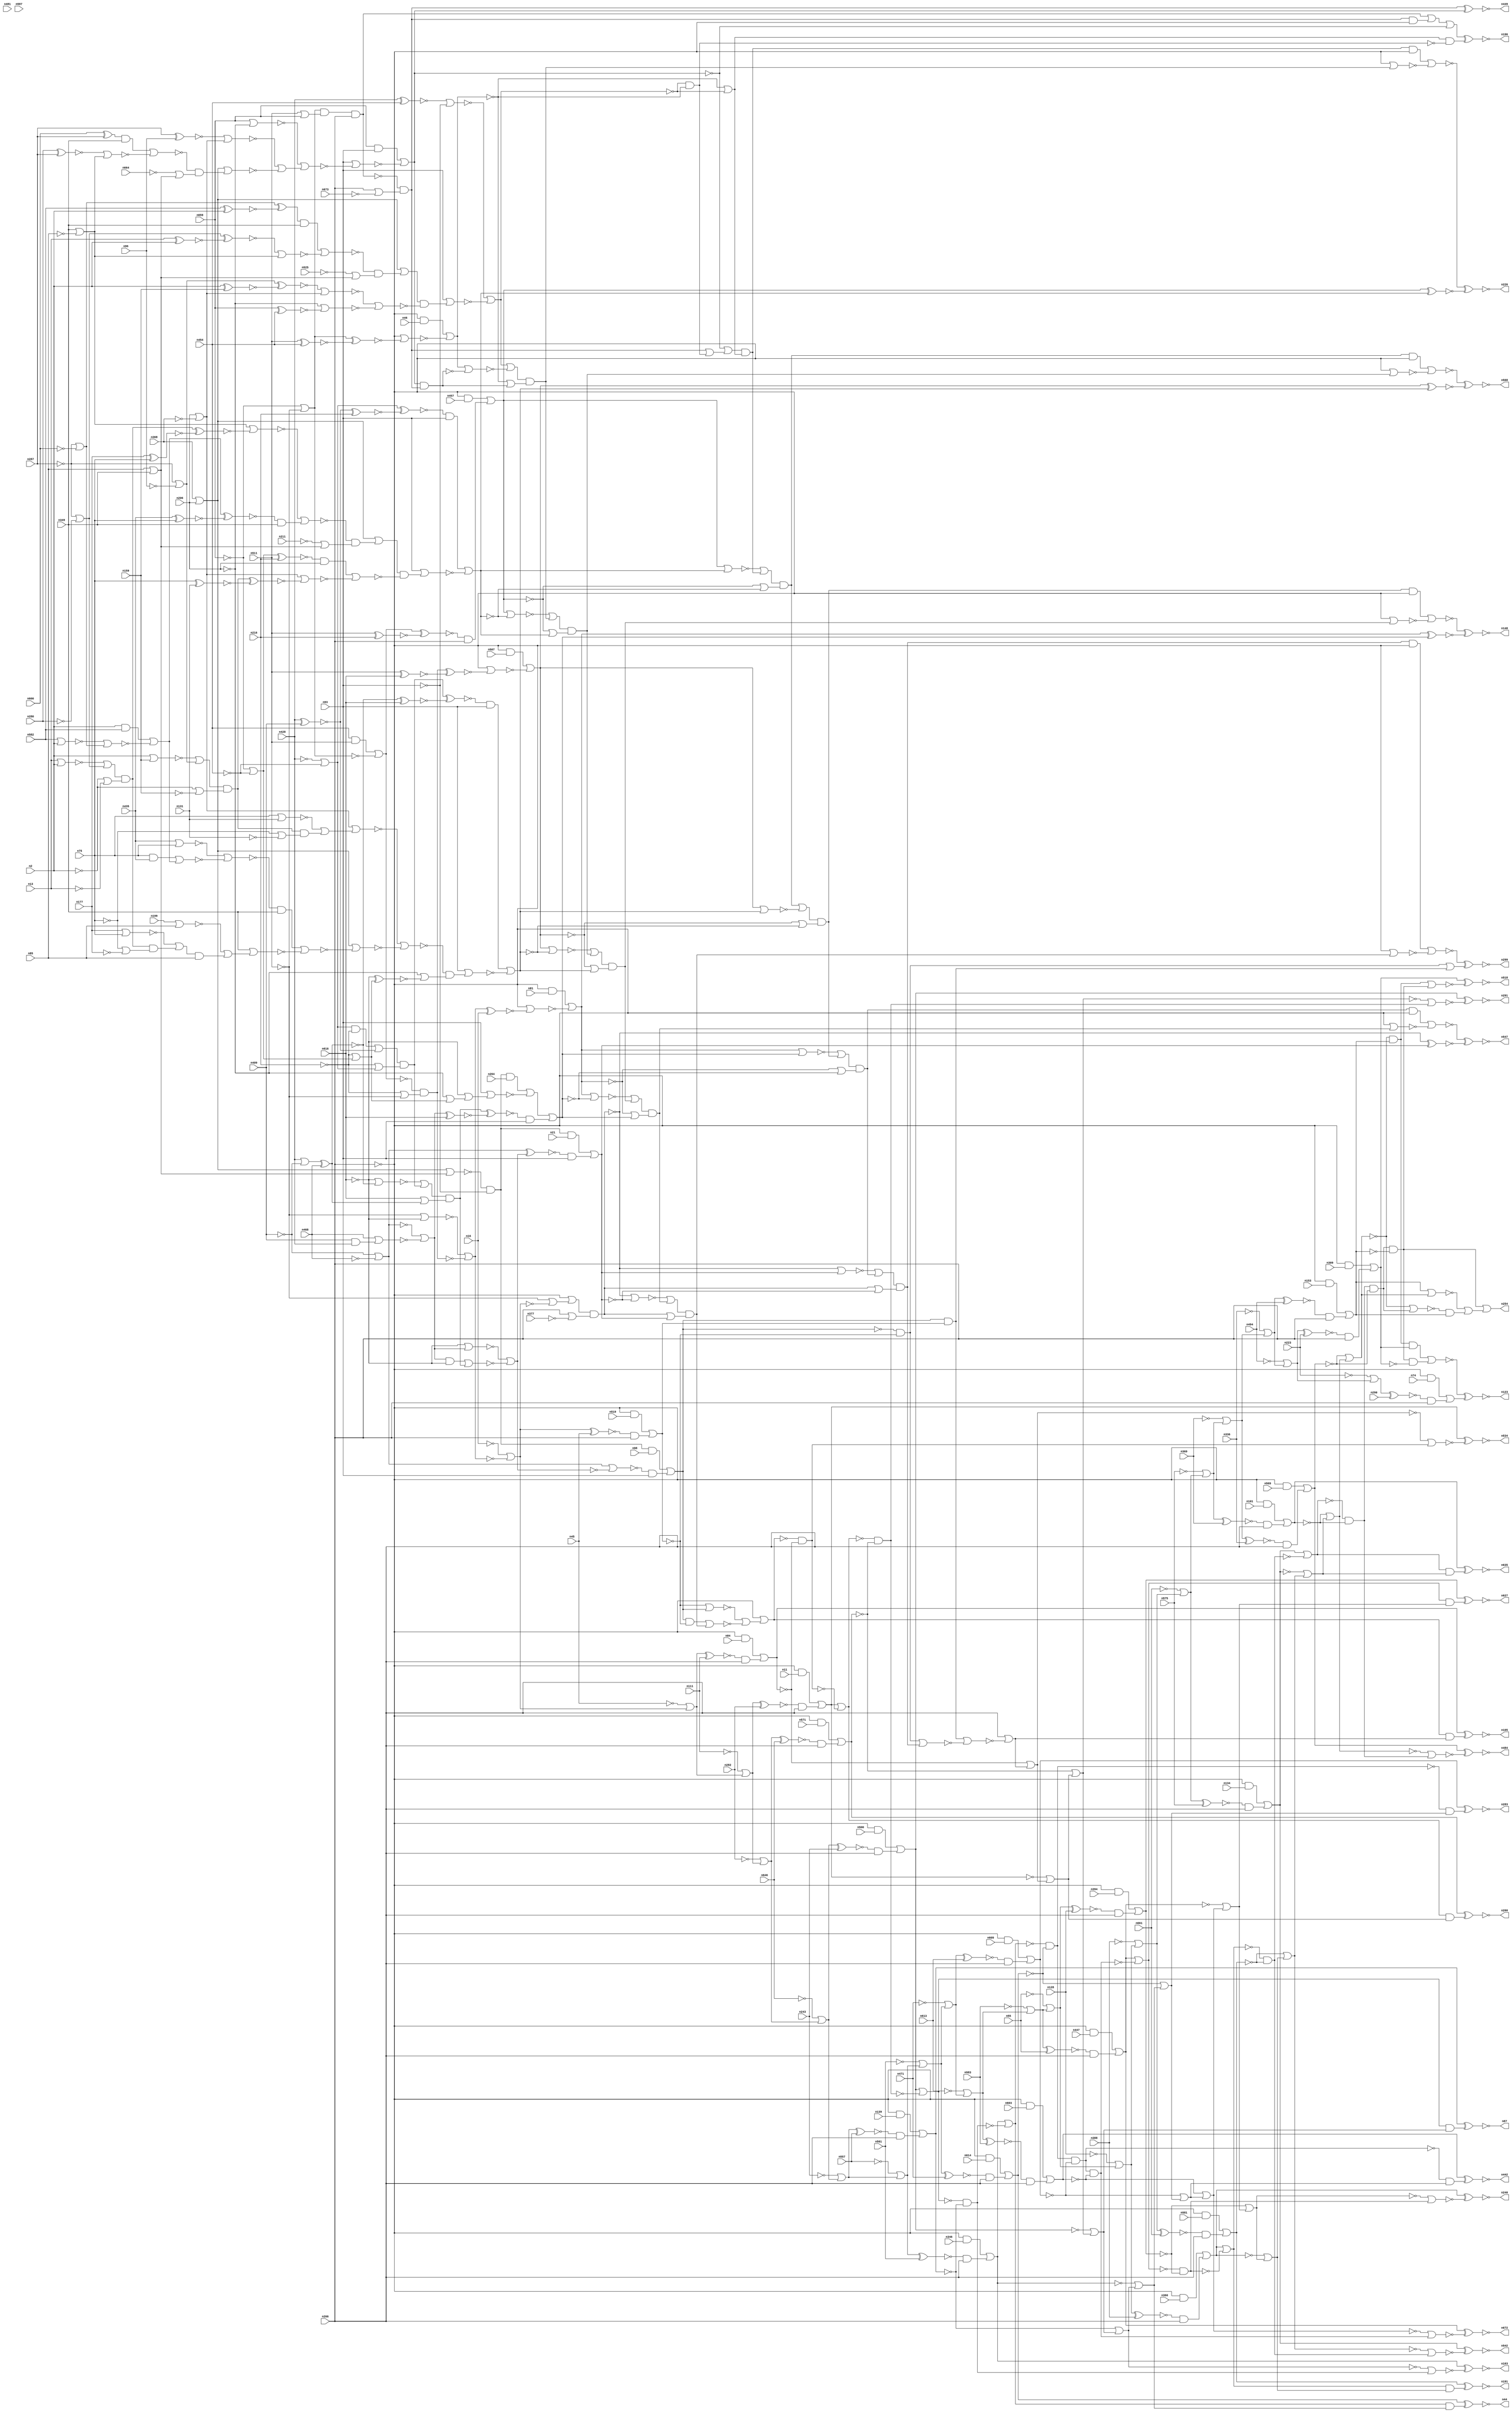
module top( n2 , n11 , n13 , n16 , n21 , n44 , n45 , n46 , n55 , 
n74 , n75 , n81 , n84 , n85 , n87 , n93 , n96 , n98 , n101 , 
n105 , n111 , n123 , n128 , n131 , n134 , n139 , n148 , n153 , n159 , 
n163 , n177 , n191 , n196 , n199 , n206 , n211 , n216 , n223 , n226 , 
n240 , n243 , n254 , n260 , n264 , n266 , n280 , n282 , n283 , n287 , 
n290 , n291 , n299 , n309 , n336 , n346 , n349 , n360 , n368 , n369 , 
n377 , n388 , n394 , n409 , n428 , n435 , n442 , n447 , n449 , n454 , 
n457 , n468 , n471 , n481 , n484 , n494 , n500 , n507 , n511 , n518 , 
n519 , n525 , n534 , n542 , n547 , n557 , n561 , n568 , n569 , n571 , 
n575 , n581 , n582 , n583 , n587 , n600 , n603 , n609 , n613 , n614 , 
n616 , n627 , n635 , n646 , n659 , n661 , n664 , n672 , n673 );
    input n2 , n11 , n13 , n16 , n21 , n45 , n46 , n55 , n74 , 
n75 , n81 , n84 , n85 , n93 , n96 , n98 , n101 , n111 , n128 , 
n131 , n134 , n139 , n153 , n159 , n177 , n199 , n206 , n211 , n216 , 
n223 , n243 , n264 , n266 , n280 , n282 , n287 , n290 , n309 , n336 , 
n346 , n349 , n360 , n368 , n369 , n377 , n388 , n394 , n409 , n428 , 
n435 , n447 , n454 , n457 , n468 , n471 , n481 , n494 , n500 , n507 , 
n511 , n519 , n525 , n557 , n561 , n569 , n571 , n575 , n581 , n582 , 
n583 , n587 , n600 , n603 , n609 , n613 , n614 , n616 , n646 , n659 , 
n661 , n664 , n673 ;
    output n44 , n87 , n105 , n123 , n148 , n163 , n191 , n196 , n226 , 
n240 , n254 , n260 , n283 , n291 , n299 , n442 , n449 , n484 , n518 , 
n534 , n542 , n547 , n568 , n627 , n635 , n672 ;
    wire n0 , n1 , n3 , n4 , n5 , n6 , n7 , n8 , n9 , 
n10 , n12 , n14 , n15 , n17 , n18 , n19 , n20 , n22 , n23 , 
n24 , n25 , n26 , n27 , n28 , n29 , n30 , n31 , n32 , n33 , 
n34 , n35 , n36 , n37 , n38 , n39 , n40 , n41 , n42 , n43 , 
n47 , n48 , n49 , n50 , n51 , n52 , n53 , n54 , n56 , n57 , 
n58 , n59 , n60 , n61 , n62 , n63 , n64 , n65 , n66 , n67 , 
n68 , n69 , n70 , n71 , n72 , n73 , n76 , n77 , n78 , n79 , 
n80 , n82 , n83 , n86 , n88 , n89 , n90 , n91 , n92 , n94 , 
n95 , n97 , n99 , n100 , n102 , n103 , n104 , n106 , n107 , n108 , 
n109 , n110 , n112 , n113 , n114 , n115 , n116 , n117 , n118 , n119 , 
n120 , n121 , n122 , n124 , n125 , n126 , n127 , n129 , n130 , n132 , 
n133 , n135 , n136 , n137 , n138 , n140 , n141 , n142 , n143 , n144 , 
n145 , n146 , n147 , n149 , n150 , n151 , n152 , n154 , n155 , n156 , 
n157 , n158 , n160 , n161 , n162 , n164 , n165 , n166 , n167 , n168 , 
n169 , n170 , n171 , n172 , n173 , n174 , n175 , n176 , n178 , n179 , 
n180 , n181 , n182 , n183 , n184 , n185 , n186 , n187 , n188 , n189 , 
n190 , n192 , n193 , n194 , n195 , n197 , n198 , n200 , n201 , n202 , 
n203 , n204 , n205 , n207 , n208 , n209 , n210 , n212 , n213 , n214 , 
n215 , n217 , n218 , n219 , n220 , n221 , n222 , n224 , n225 , n227 , 
n228 , n229 , n230 , n231 , n232 , n233 , n234 , n235 , n236 , n237 , 
n238 , n239 , n241 , n242 , n244 , n245 , n246 , n247 , n248 , n249 , 
n250 , n251 , n252 , n253 , n255 , n256 , n257 , n258 , n259 , n261 , 
n262 , n263 , n265 , n267 , n268 , n269 , n270 , n271 , n272 , n273 , 
n274 , n275 , n276 , n277 , n278 , n279 , n281 , n284 , n285 , n286 , 
n288 , n289 , n292 , n293 , n294 , n295 , n296 , n297 , n298 , n300 , 
n301 , n302 , n303 , n304 , n305 , n306 , n307 , n308 , n310 , n311 , 
n312 , n313 , n314 , n315 , n316 , n317 , n318 , n319 , n320 , n321 , 
n322 , n323 , n324 , n325 , n326 , n327 , n328 , n329 , n330 , n331 , 
n332 , n333 , n334 , n335 , n337 , n338 , n339 , n340 , n341 , n342 , 
n343 , n344 , n345 , n347 , n348 , n350 , n351 , n352 , n353 , n354 , 
n355 , n356 , n357 , n358 , n359 , n361 , n362 , n363 , n364 , n365 , 
n366 , n367 , n370 , n371 , n372 , n373 , n374 , n375 , n376 , n378 , 
n379 , n380 , n381 , n382 , n383 , n384 , n385 , n386 , n387 , n389 , 
n390 , n391 , n392 , n393 , n395 , n396 , n397 , n398 , n399 , n400 , 
n401 , n402 , n403 , n404 , n405 , n406 , n407 , n408 , n410 , n411 , 
n412 , n413 , n414 , n415 , n416 , n417 , n418 , n419 , n420 , n421 , 
n422 , n423 , n424 , n425 , n426 , n427 , n429 , n430 , n431 , n432 , 
n433 , n434 , n436 , n437 , n438 , n439 , n440 , n441 , n443 , n444 , 
n445 , n446 , n448 , n450 , n451 , n452 , n453 , n455 , n456 , n458 , 
n459 , n460 , n461 , n462 , n463 , n464 , n465 , n466 , n467 , n469 , 
n470 , n472 , n473 , n474 , n475 , n476 , n477 , n478 , n479 , n480 , 
n482 , n483 , n485 , n486 , n487 , n488 , n489 , n490 , n491 , n492 , 
n493 , n495 , n496 , n497 , n498 , n499 , n501 , n502 , n503 , n504 , 
n505 , n506 , n508 , n509 , n510 , n512 , n513 , n514 , n515 , n516 , 
n517 , n520 , n521 , n522 , n523 , n524 , n526 , n527 , n528 , n529 , 
n530 , n531 , n532 , n533 , n535 , n536 , n537 , n538 , n539 , n540 , 
n541 , n543 , n544 , n545 , n546 , n548 , n549 , n550 , n551 , n552 , 
n553 , n554 , n555 , n556 , n558 , n559 , n560 , n562 , n563 , n564 , 
n565 , n566 , n567 , n570 , n572 , n573 , n574 , n576 , n577 , n578 , 
n579 , n580 , n584 , n585 , n586 , n588 , n589 , n590 , n591 , n592 , 
n593 , n594 , n595 , n596 , n597 , n598 , n599 , n601 , n602 , n604 , 
n605 , n606 , n607 , n608 , n610 , n611 , n612 , n615 , n617 , n618 , 
n619 , n620 , n621 , n622 , n623 , n624 , n625 , n626 , n628 , n629 , 
n630 , n631 , n632 , n633 , n634 , n636 , n637 , n638 , n639 , n640 , 
n641 , n642 , n643 , n644 , n645 , n647 , n648 , n649 , n650 , n651 , 
n652 , n653 , n654 , n655 , n656 , n657 , n658 , n660 , n662 , n663 , 
n665 , n666 , n667 , n668 , n669 , n670 , n671 ;
    and g0 ( n657 , n356 , n451 );
    and g1 ( n203 , n224 , n349 );
    and g2 ( n660 , n340 , n25 );
    nor g3 ( n347 , n468 , n417 );
    not g4 ( n253 , n54 );
    or g5 ( n6 , n48 , n383 );
    xnor g6 ( n291 , n339 , n668 );
    and g7 ( n308 , n515 , n168 );
    or g8 ( n629 , n253 , n652 );
    nor g9 ( n187 , n2 , n159 );
    not g10 ( n585 , n434 );
    buf g11 ( n570 , n389 );
    nor g12 ( n47 , n414 , n467 );
    xnor g13 ( n393 , n444 , n216 );
    not g14 ( n391 , n531 );
    not g15 ( n443 , n176 );
    xnor g16 ( n76 , n556 , n16 );
    xnor g17 ( n390 , n598 , n290 );
    not g18 ( n38 , n499 );
    or g19 ( n426 , n524 , n62 );
    nor g20 ( n117 , n93 , n396 );
    and g21 ( n89 , n9 , n72 );
    xnor g22 ( n628 , n107 , n531 );
    not g23 ( n550 , n159 );
    and g24 ( n365 , n321 , n253 );
    xnor g25 ( n163 , n0 , n479 );
    xnor g26 ( n61 , n7 , n613 );
    and g27 ( n648 , n127 , n125 );
    xnor g28 ( n283 , n31 , n648 );
    not g29 ( n608 , n31 );
    and g30 ( n327 , n638 , n367 );
    or g31 ( n444 , n285 , n412 );
    not g32 ( n373 , n639 );
    and g33 ( n602 , n570 , n101 );
    not g34 ( n251 , n75 );
    not g35 ( n107 , n520 );
    or g36 ( n427 , n608 , n125 );
    nor g37 ( n480 , n349 , n322 );
    and g38 ( n359 , n137 , n604 );
    nor g39 ( n95 , n13 , n2 );
    nor g40 ( n118 , n623 , n540 );
    not g41 ( n474 , n613 );
    nor g42 ( n115 , n93 , n37 );
    not g43 ( n398 , n0 );
    xnor g44 ( n289 , n280 , n287 );
    and g45 ( n543 , n390 , n266 );
    xnor g46 ( n60 , n624 , n464 );
    or g47 ( n141 , n538 , n452 );
    not g48 ( n572 , n466 );
    or g49 ( n339 , n5 , n492 );
    or g50 ( n31 , n559 , n424 );
    not g51 ( n514 , n206 );
    and g52 ( n234 , n198 , n326 );
    and g53 ( n258 , n19 , n266 );
    not g54 ( n300 , n428 );
    and g55 ( n651 , n526 , n570 );
    not g56 ( n197 , n138 );
    not g57 ( n351 , n508 );
    not g58 ( n649 , n225 );
    or g59 ( n100 , n413 , n179 );
    nor g60 ( n670 , n203 , n611 );
    or g61 ( n30 , n318 , n342 );
    or g62 ( n144 , n385 , n445 );
    or g63 ( n453 , n539 , n344 );
    not g64 ( n78 , n365 );
    and g65 ( n496 , n233 , n93 );
    nor g66 ( n179 , n570 , n330 );
    nor g67 ( n39 , n490 , n480 );
    not g68 ( n149 , n144 );
    nor g69 ( n182 , n183 , n370 );
    and g70 ( n9 , n513 , n551 );
    xnor g71 ( n152 , n356 , n616 );
    not g72 ( n576 , n100 );
    and g73 ( n662 , n580 , n264 );
    xnor g74 ( n123 , n182 , n463 );
    or g75 ( n65 , n201 , n439 );
    or g76 ( n259 , n58 , n1 );
    nor g77 ( n591 , n590 , n275 );
    and g78 ( n200 , n136 , n266 );
    not g79 ( n399 , n573 );
    or g80 ( n558 , n64 , n453 );
    or g81 ( n434 , n450 , n86 );
    or g82 ( n618 , n537 , n18 );
    and g83 ( n140 , n333 , n654 );
    xnor g84 ( n553 , n6 , n432 );
    or g85 ( n34 , n375 , n116 );
    and g86 ( n5 , n570 , n500 );
    nor g87 ( n530 , n472 , n327 );
    or g88 ( n626 , n384 , n642 );
    xnor g89 ( n401 , n582 , n2 );
    or g90 ( n450 , n190 , n307 );
    and g91 ( n106 , n465 , n608 );
    and g92 ( n40 , n421 , n93 );
    not g93 ( n520 , n248 );
    xnor g94 ( n299 , n395 , n175 );
    not g95 ( n501 , n171 );
    not g96 ( n420 , n45 );
    or g97 ( n169 , n319 , n629 );
    and g98 ( n637 , n124 , n335 );
    not g99 ( n621 , n380 );
    nor g100 ( n267 , n570 , n140 );
    xnor g101 ( n105 , n54 , n615 );
    or g102 ( n533 , n331 , n52 );
    or g103 ( n355 , n71 , n591 );
    xnor g104 ( n260 , n508 , n669 );
    or g105 ( n594 , n514 , n516 );
    nor g106 ( n395 , n431 , n663 );
    xnor g107 ( n302 , n453 , n336 );
    or g108 ( n363 , n526 , n239 );
    and g109 ( n238 , n42 , n93 );
    and g110 ( n424 , n61 , n266 );
    and g111 ( n567 , n77 , n569 );
    and g112 ( n79 , n29 , n266 );
    or g113 ( n598 , n298 , n460 );
    xnor g114 ( n620 , n632 , n392 );
    nor g115 ( n479 , n185 , n425 );
    not g116 ( n143 , n339 );
    buf g117 ( n77 , n389 );
    or g118 ( n624 , n285 , n305 );
    and g119 ( n218 , n249 , n266 );
    and g120 ( n3 , n147 , n266 );
    nor g121 ( n88 , n199 , n85 );
    xnor g122 ( n249 , n426 , n282 );
    or g123 ( n380 , n358 , n597 );
    or g124 ( n654 , n58 , n562 );
    or g125 ( n165 , n201 , n660 );
    nor g126 ( n212 , n75 , n131 );
    not g127 ( n623 , n577 );
    or g128 ( n7 , n636 , n477 );
    nor g129 ( n340 , n170 , n418 );
    or g130 ( n114 , n482 , n444 );
    not g131 ( n560 , n209 );
    and g132 ( n580 , n666 , n43 );
    and g133 ( n274 , n570 , n603 );
    not g134 ( n1 , n381 );
    xnor g135 ( n484 , n180 , n584 );
    or g136 ( n592 , n606 , n503 );
    and g137 ( n222 , n26 , n436 );
    or g138 ( n335 , n397 , n517 );
    not g139 ( n461 , n13 );
    nor g140 ( n650 , n665 , n15 );
    or g141 ( n552 , n220 , n461 );
    or g142 ( n475 , n227 , n637 );
    or g143 ( n386 , n231 , n323 );
    or g144 ( n130 , n440 , n548 );
    nor g145 ( n312 , n77 , n637 );
    or g146 ( n463 , n566 , n543 );
    or g147 ( n497 , n538 , n278 );
    or g148 ( n655 , n470 , n324 );
    or g149 ( n257 , n387 , n200 );
    and g150 ( n110 , n65 , n601 );
    and g151 ( n478 , n570 , n153 );
    or g152 ( n90 , n653 , n459 );
    and g153 ( n658 , n302 , n266 );
    xnor g154 ( n262 , n177 , n75 );
    not g155 ( n155 , n521 );
    not g156 ( n383 , n468 );
    or g157 ( n167 , n359 , n219 );
    not g158 ( n15 , n373 );
    or g159 ( n247 , n662 , n404 );
    and g160 ( n640 , n284 , n552 );
    not g161 ( n201 , n352 );
    nor g162 ( n415 , n194 , n133 );
    or g163 ( n367 , n625 , n209 );
    xnor g164 ( n635 , n12 , n4 );
    not g165 ( n207 , n641 );
    or g166 ( n344 , n429 , n353 );
    nor g167 ( n192 , n34 , n517 );
    and g168 ( n189 , n235 , n487 );
    or g169 ( n261 , n428 , n48 );
    not g170 ( n389 , n266 );
    xnor g171 ( n148 , n36 , n17 );
    and g172 ( n372 , n57 , n266 );
    or g173 ( n579 , n586 , n78 );
    and g174 ( n374 , n393 , n206 );
    or g175 ( n124 , n334 , n140 );
    not g176 ( n174 , n51 );
    and g177 ( n4 , n434 , n52 );
    not g178 ( n588 , n388 );
    and g179 ( n269 , n564 , n126 );
    or g180 ( n156 , n63 , n495 );
    and g181 ( n286 , n455 , n482 );
    nor g182 ( n161 , n657 , n438 );
    not g183 ( n483 , n6 );
    not g184 ( n509 , n368 );
    nor g185 ( n541 , n472 , n39 );
    not g186 ( n43 , n93 );
    not g187 ( n64 , n336 );
    or g188 ( n284 , n95 , n294 );
    not g189 ( n328 , n631 );
    xnor g190 ( n464 , n511 , n454 );
    and g191 ( n433 , n158 , n441 );
    not g192 ( n563 , n511 );
    and g193 ( n71 , n2 , n582 );
    and g194 ( n67 , n94 , n35 );
    or g195 ( n456 , n251 , n8 );
    nor g196 ( n217 , n135 , n419 );
    not g197 ( n448 , n595 );
    not g198 ( n310 , n533 );
    nor g199 ( n265 , n289 , n316 );
    or g200 ( n151 , n286 , n408 );
    or g201 ( n281 , n221 , n593 );
    xnor g202 ( n568 , n217 , n406 );
    and g203 ( n644 , n570 , n614 );
    not g204 ( n73 , n450 );
    xnor g205 ( n154 , n459 , n583 );
    and g206 ( n532 , n475 , n167 );
    xnor g207 ( n607 , n355 , n97 );
    and g208 ( n256 , n553 , n93 );
    and g209 ( n150 , n570 , n519 );
    nor g210 ( n304 , n107 , n219 );
    not g211 ( n80 , n352 );
    and g212 ( n667 , n639 , n174 );
    not g213 ( n248 , n359 );
    xnor g214 ( n87 , n156 , n49 );
    or g215 ( n168 , n359 , n271 );
    or g216 ( n403 , n451 , n295 );
    not g217 ( n324 , n560 );
    and g218 ( n593 , n546 , n527 );
    not g219 ( n215 , n235 );
    and g220 ( n32 , n659 , n93 );
    xnor g221 ( n458 , n294 , n112 );
    or g222 ( n513 , n187 , n632 );
    or g223 ( n467 , n206 , n509 );
    or g224 ( n385 , n237 , n129 );
    or g225 ( n72 , n251 , n121 );
    not g226 ( n517 , n197 );
    not g227 ( n8 , n177 );
    not g228 ( n482 , n216 );
    nor g229 ( n337 , n443 , n269 );
    or g230 ( n476 , n650 , n50 );
    nor g231 ( n638 , n229 , n265 );
    not g232 ( n319 , n586 );
    or g233 ( n157 , n212 , n89 );
    xnor g234 ( n240 , n341 , n402 );
    not g235 ( n24 , n491 );
    or g236 ( n295 , n493 , n114 );
    xnor g237 ( n627 , n130 , n366 );
    not g238 ( n625 , n664 );
    or g239 ( n178 , n616 , n66 );
    or g240 ( n642 , n505 , n90 );
    or g241 ( n311 , n228 , n363 );
    nor g242 ( n33 , n620 , n623 );
    nor g243 ( n18 , n77 , n60 );
    or g244 ( n171 , n351 , n169 );
    or g245 ( n341 , n343 , n345 );
    and g246 ( n68 , n570 , n581 );
    or g247 ( n556 , n102 , n329 );
    nor g248 ( n437 , n119 , n293 );
    not g249 ( n606 , n646 );
    not g250 ( n565 , n624 );
    not g251 ( n412 , n454 );
    not g252 ( n473 , n432 );
    not g253 ( n462 , n381 );
    or g254 ( n503 , n315 , n426 );
    not g255 ( n48 , n409 );
    not g256 ( n285 , n659 );
    nor g257 ( n27 , n119 , n356 );
    xnor g258 ( n263 , n626 , n388 );
    not g259 ( n430 , n579 );
    xnor g260 ( n112 , n13 , n2 );
    not g261 ( n536 , n561 );
    or g262 ( n527 , n478 , n574 );
    nor g263 ( n358 , n20 , n43 );
    or g264 ( n632 , n276 , n120 );
    not g265 ( n505 , n55 );
    and g266 ( n313 , n386 , n259 );
    or g267 ( n104 , n511 , n659 );
    nor g268 ( n296 , n435 , n75 );
    and g269 ( n146 , n454 , n511 );
    and g270 ( n307 , n272 , n266 );
    not g271 ( n321 , n656 );
    not g272 ( n554 , n555 );
    not g273 ( n276 , n287 );
    xnor g274 ( n442 , n172 , n382 );
    nor g275 ( n619 , n6 , n473 );
    and g276 ( n396 , n165 , n522 );
    and g277 ( n566 , n77 , n74 );
    not g278 ( n22 , n425 );
    not g279 ( n120 , n96 );
    nor g280 ( n323 , n306 , n562 );
    xor g281 ( n224 , n275 , n401 );
    not g282 ( n315 , n282 );
    and g283 ( n23 , n596 , n155 );
    or g284 ( n172 , n274 , n325 );
    not g285 ( n306 , n576 );
    or g286 ( n241 , n506 , n592 );
    or g287 ( n528 , n405 , n427 );
    and g288 ( n63 , n570 , n139 );
    and g289 ( n183 , n242 , n555 );
    nor g290 ( n378 , n292 , n193 );
    xnor g291 ( n20 , n428 , n454 );
    nor g292 ( n666 , n80 , n209 );
    and g293 ( n669 , n579 , n169 );
    or g294 ( n353 , n634 , n612 );
    not g295 ( n126 , n350 );
    and g296 ( n548 , n622 , n266 );
    xnor g297 ( n42 , n10 , n202 );
    or g298 ( n508 , n166 , n258 );
    and g299 ( n488 , n279 , n77 );
    xnor g300 ( n498 , n423 , n45 );
    nor g301 ( n116 , n77 , n76 );
    or g302 ( n489 , n437 , n10 );
    and g303 ( n37 , n273 , n594 );
    not g304 ( n510 , n211 );
    not g305 ( n278 , n38 );
    or g306 ( n460 , n230 , n558 );
    xnor g307 ( n226 , n213 , n245 );
    not g308 ( n397 , n448 );
    and g309 ( n559 , n77 , n609 );
    and g310 ( n371 , n77 , n11 );
    not g311 ( n405 , n172 );
    or g312 ( n555 , n486 , n647 );
    not g313 ( n268 , n629 );
    and g314 ( n589 , n106 , n405 );
    or g315 ( n205 , n422 , n241 );
    not g316 ( n665 , n51 );
    xnor g317 ( n421 , n455 , n103 );
    and g318 ( n186 , n580 , n21 );
    and g319 ( n417 , n409 , n428 );
    or g320 ( n209 , n85 , n349 );
    xnor g321 ( n293 , n261 , n468 );
    xnor g322 ( n516 , n214 , n114 );
    and g323 ( n135 , n231 , n77 );
    xnor g324 ( n518 , n555 , n195 );
    and g325 ( n633 , n624 , n104 );
    and g326 ( n438 , n489 , n178 );
    nor g327 ( n663 , n570 , n532 );
    or g328 ( n12 , n602 , n3 );
    nor g329 ( n82 , n160 , n312 );
    nor g330 ( n504 , n296 , n91 );
    nor g331 ( n250 , n177 , n75 );
    not g332 ( n384 , n128 );
    and g333 ( n142 , n236 , n497 );
    not g334 ( n599 , n216 );
    or g335 ( n645 , n59 , n228 );
    or g336 ( n436 , n485 , n23 );
    not g337 ( n564 , n132 );
    nor g338 ( n162 , n514 , n643 );
    and g339 ( n108 , n210 , n85 );
    and g340 ( n173 , n317 , n266 );
    or g341 ( n596 , n32 , n332 );
    nor g342 ( n50 , n667 , n532 );
    not g343 ( n230 , n494 );
    not g344 ( n305 , n511 );
    not g345 ( n298 , n223 );
    or g346 ( n350 , n68 , n529 );
    and g347 ( n160 , n67 , n77 );
    or g348 ( n326 , n599 , n305 );
    and g349 ( n366 , n144 , n184 );
    not g350 ( n485 , n618 );
    not g351 ( n577 , n467 );
    not g352 ( n109 , n527 );
    nor g353 ( n522 , n374 , n118 );
    and g354 ( n615 , n656 , n652 );
    and g355 ( n537 , n77 , n46 );
    and g356 ( n431 , n308 , n570 );
    or g357 ( n254 , n411 , n281 );
    nor g358 ( n597 , n93 , n110 );
    xnor g359 ( n147 , n344 , n369 );
    or g360 ( n499 , n40 , n117 );
    not g361 ( n121 , n131 );
    nor g362 ( n601 , n33 , n162 );
    not g363 ( n127 , n465 );
    or g364 ( n26 , n380 , n354 );
    xnor g365 ( n17 , n448 , n138 );
    and g366 ( n231 , n181 , n141 );
    not g367 ( n198 , n288 );
    and g368 ( n387 , n570 , n457 );
    not g369 ( n653 , n583 );
    nor g370 ( n590 , n582 , n2 );
    and g371 ( n361 , n28 , n53 );
    xnor g372 ( n136 , n288 , n113 );
    or g373 ( n652 , n266 , n415 );
    or g374 ( n531 , n186 , n256 );
    and g375 ( n166 , n570 , n571 );
    not g376 ( n610 , n138 );
    and g377 ( n297 , n498 , n266 );
    or g378 ( n94 , n192 , n313 );
    not g379 ( n145 , n130 );
    or g380 ( n193 , n47 , n530 );
    not g381 ( n232 , n377 );
    or g382 ( n342 , n145 , n184 );
    or g383 ( n138 , n247 , n496 );
    not g384 ( n470 , n525 );
    nor g385 ( n213 , n488 , n362 );
    and g386 ( n325 , n154 , n266 );
    and g387 ( n382 , n446 , n427 );
    not g388 ( n429 , n575 );
    not g389 ( n538 , n207 );
    xnor g390 ( n449 , n155 , n596 );
    and g391 ( n418 , n607 , n349 );
    or g392 ( n176 , n126 , n30 );
    and g393 ( n605 , n570 , n84 );
    or g394 ( n70 , n143 , n171 );
    and g395 ( n370 , n411 , n554 );
    not g396 ( n86 , n269 );
    not g397 ( n119 , n616 );
    nor g398 ( n273 , n502 , n541 );
    not g399 ( n441 , n239 );
    or g400 ( n316 , n349 , n92 );
    and g401 ( n630 , n149 , n145 );
    or g402 ( n294 , n276 , n545 );
    not g403 ( n318 , n341 );
    not g404 ( n219 , n391 );
    or g405 ( n604 , n266 , n232 );
    nor g406 ( n402 , n416 , n630 );
    xnor g407 ( n672 , n385 , n400 );
    not g408 ( n208 , n528 );
    xnor g409 ( n272 , n353 , n575 );
    not g410 ( n320 , n600 );
    xnor g411 ( n376 , n511 , n616 );
    or g412 ( n52 , n73 , n176 );
    not g413 ( n314 , n109 );
    not g414 ( n92 , n85 );
    nor g415 ( n611 , n458 , n316 );
    or g416 ( n181 , n122 , n279 );
    not g417 ( n53 , n180 );
    and g418 ( n338 , n75 , n435 );
    xnor g419 ( n245 , n207 , n499 );
    xnor g420 ( n244 , n558 , n494 );
    not g421 ( n521 , n526 );
    not g422 ( n14 , n23 );
    xnor g423 ( n540 , n9 , n164 );
    and g424 ( n574 , n244 , n266 );
    and g425 ( n303 , n77 , n346 );
    or g426 ( n132 , n341 , n56 );
    not g427 ( n422 , n557 );
    and g428 ( n529 , n469 , n266 );
    and g429 ( n671 , n313 , n77 );
    nor g430 ( n419 , n77 , n142 );
    nor g431 ( n354 , n618 , n14 );
    or g432 ( n255 , n563 , n348 );
    nor g433 ( n221 , n527 , n225 );
    or g434 ( n54 , n605 , n79 );
    nor g435 ( n102 , n563 , n214 );
    or g436 ( n25 , n510 , n324 );
    nor g437 ( n204 , n257 , n452 );
    nor g438 ( n362 , n570 , n222 );
    not g439 ( n636 , n471 );
    or g440 ( n252 , n599 , n455 );
    or g441 ( n356 , n483 , n347 );
    not g442 ( n524 , n111 );
    and g443 ( n413 , n77 , n507 );
    nor g444 ( n292 , n659 , n493 );
    xnor g445 ( n357 , n241 , n557 );
    nor g446 ( n133 , n99 , n308 );
    and g447 ( n647 , n410 , n266 );
    or g448 ( n639 , n277 , n549 );
    and g449 ( n495 , n357 , n266 );
    nor g450 ( n36 , n671 , n267 );
    not g451 ( n329 , n234 );
    or g452 ( n35 , n397 , n610 );
    and g453 ( n526 , n24 , n270 );
    or g454 ( n0 , n303 , n173 );
    not g455 ( n379 , n156 );
    or g456 ( n586 , n371 , n218 );
    and g457 ( n28 , n585 , n331 );
    xnor g458 ( n57 , n477 , n471 );
    or g459 ( n472 , n368 , n206 );
    or g460 ( n180 , n567 , n658 );
    xnor g461 ( n535 , n90 , n55 );
    or g462 ( n656 , n77 , n476 );
    nor g463 ( n91 , n338 , n355 );
    xnor g464 ( n44 , n466 , n189 );
    not g465 ( n41 , n16 );
    or g466 ( n381 , n238 , n115 );
    not g467 ( n56 , n630 );
    not g468 ( n451 , n616 );
    and g469 ( n99 , n373 , n174 );
    not g470 ( n348 , n423 );
    or g471 ( n322 , n88 , n108 );
    xnor g472 ( n233 , n438 , n152 );
    not g473 ( n220 , n2 );
    not g474 ( n506 , n243 );
    or g475 ( n235 , n0 , n22 );
    or g476 ( n184 , n69 , n528 );
    not g477 ( n539 , n369 );
    or g478 ( n270 , n266 , n83 );
    or g479 ( n551 , n220 , n550 );
    nor g480 ( n188 , n268 , n365 );
    and g481 ( n465 , n215 , n572 );
    xnor g482 ( n410 , n460 , n223 );
    nor g483 ( n195 , n242 , n411 );
    nor g484 ( n122 , n257 , n278 );
    or g485 ( n288 , n146 , n565 );
    xnor g486 ( n408 , n428 , n409 );
    and g487 ( n49 , n573 , n70 );
    and g488 ( n578 , n640 , n456 );
    xnor g489 ( n547 , n82 , n628 );
    not g490 ( n493 , n206 );
    not g491 ( n331 , n12 );
    nor g492 ( n400 , n208 , n589 );
    not g493 ( n66 , n293 );
    or g494 ( n51 , n150 , n297 );
    and g495 ( n631 , n430 , n351 );
    not g496 ( n214 , n616 );
    or g497 ( n236 , n204 , n222 );
    and g498 ( n343 , n77 , n360 );
    nor g499 ( n668 , n501 , n631 );
    or g500 ( n137 , n77 , n255 );
    xnor g501 ( n406 , n306 , n381 );
    not g502 ( n185 , n544 );
    not g503 ( n641 , n257 );
    or g504 ( n62 , n420 , n423 );
    xnor g505 ( n246 , n640 , n262 );
    and g506 ( n229 , n364 , n349 );
    or g507 ( n59 , n491 , n651 );
    not g508 ( n271 , n531 );
    nor g509 ( n227 , n248 , n271 );
    or g510 ( n158 , n407 , n621 );
    and g511 ( n242 , n649 , n314 );
    and g512 ( n277 , n580 , n98 );
    xnor g513 ( n29 , n62 , n111 );
    and g514 ( n190 , n570 , n134 );
    and g515 ( n491 , n633 , n266 );
    and g516 ( n549 , n619 , n93 );
    not g517 ( n634 , n661 );
    or g518 ( n333 , n617 , n142 );
    xnor g519 ( n202 , n293 , n616 );
    xnor g520 ( n196 , n645 , n433 );
    not g521 ( n58 , n100 );
    or g522 ( n459 , n474 , n7 );
    xor g523 ( n364 , n600 , n287 );
    xnor g524 ( n622 , n642 , n128 );
    xnor g525 ( n643 , n659 , n454 );
    and g526 ( n486 , n77 , n309 );
    or g527 ( n515 , n304 , n67 );
    xnor g528 ( n414 , n287 , n96 );
    and g529 ( n194 , n15 , n51 );
    and g530 ( n490 , n504 , n349 );
    nor g531 ( n584 , n310 , n28 );
    not g532 ( n446 , n106 );
    xnor g533 ( n191 , n350 , n523 );
    or g534 ( n125 , n572 , n487 );
    xnor g535 ( n103 , n408 , n216 );
    xnor g536 ( n469 , n612 , n661 );
    not g537 ( n228 , n596 );
    nor g538 ( n332 , n93 , n378 );
    nor g539 ( n502 , n467 , n157 );
    and g540 ( n10 , n151 , n252 );
    not g541 ( n512 , n556 );
    and g542 ( n237 , n570 , n447 );
    or g543 ( n573 , n339 , n328 );
    xnor g544 ( n164 , n75 , n131 );
    not g545 ( n69 , n385 );
    or g546 ( n225 , n53 , n533 );
    and g547 ( n239 , n621 , n407 );
    or g548 ( n466 , n644 , n372 );
    not g549 ( n407 , n618 );
    and g550 ( n523 , n132 , n30 );
    or g551 ( n175 , n99 , n194 );
    and g552 ( n440 , n570 , n394 );
    or g553 ( n544 , n379 , n70 );
    or g554 ( n487 , n398 , n544 );
    not g555 ( n545 , n280 );
    xnor g556 ( n534 , n586 , n188 );
    or g557 ( n210 , n250 , n578 );
    xnor g558 ( n542 , n450 , n337 );
    and g559 ( n279 , n311 , n158 );
    or g560 ( n275 , n276 , n320 );
    xnor g561 ( n330 , n234 , n376 );
    not g562 ( n416 , n342 );
    nor g563 ( n546 , n649 , n361 );
    or g564 ( n477 , n536 , n205 );
    and g565 ( n411 , n361 , n109 );
    not g566 ( n352 , n472 );
    or g567 ( n612 , n588 , n626 );
    not g568 ( n452 , n499 );
    or g569 ( n423 , n41 , n512 );
    and g570 ( n375 , n77 , n81 );
    and g571 ( n492 , n301 , n266 );
    xnor g572 ( n392 , n2 , n159 );
    and g573 ( n129 , n535 , n266 );
    not g574 ( n562 , n462 );
    nor g575 ( n334 , n34 , n610 );
    xnor g576 ( n113 , n511 , n216 );
    and g577 ( n439 , n670 , n655 );
    or g578 ( n455 , n300 , n412 );
    and g579 ( n345 , n263 , n266 );
    nor g580 ( n617 , n100 , n1 );
    xnor g581 ( n97 , n435 , n75 );
    and g582 ( n425 , n399 , n379 );
    or g583 ( n432 , n27 , n161 );
    xnor g584 ( n301 , n592 , n243 );
    not g585 ( n445 , n589 );
    xnor g586 ( n317 , n205 , n561 );
    xnor g587 ( n19 , n503 , n646 );
    not g588 ( n595 , n34 );
    nor g589 ( n404 , n93 , n403 );
    nor g590 ( n170 , n316 , n246 );
    not g591 ( n83 , n673 );
endmodule